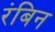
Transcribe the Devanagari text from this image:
रंबिन